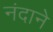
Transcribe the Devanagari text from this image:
नंदाने